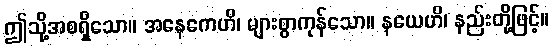
ဤသို့အစရှိသော။ အနေကေဟိ၊ များစွာကုန်သော။ နယေဟိ၊ နည်းတို့ဖြင့်။